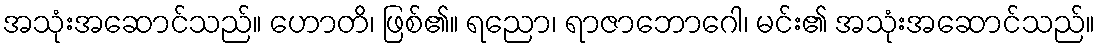
အသုံးအဆောင်သည်။ ဟောတိ၊ ဖြစ်၏။ ရညော၊ ရာဇာဘောဂေါ၊ မင်း၏ အသုံးအဆောင်သည်။